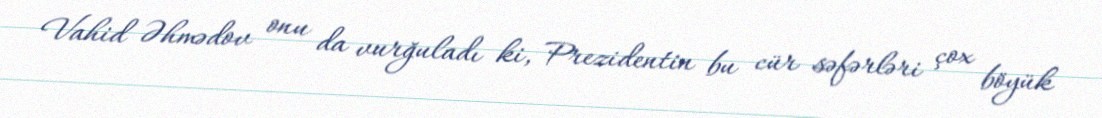
Vahid Əhmədov onu da vurğuladı ki, Prezidentin bu cür səfərləri çox böyük